Indian journal of veterinary science and animal husbandry - Volumes 24-25, 1954-1955
Year: 1954
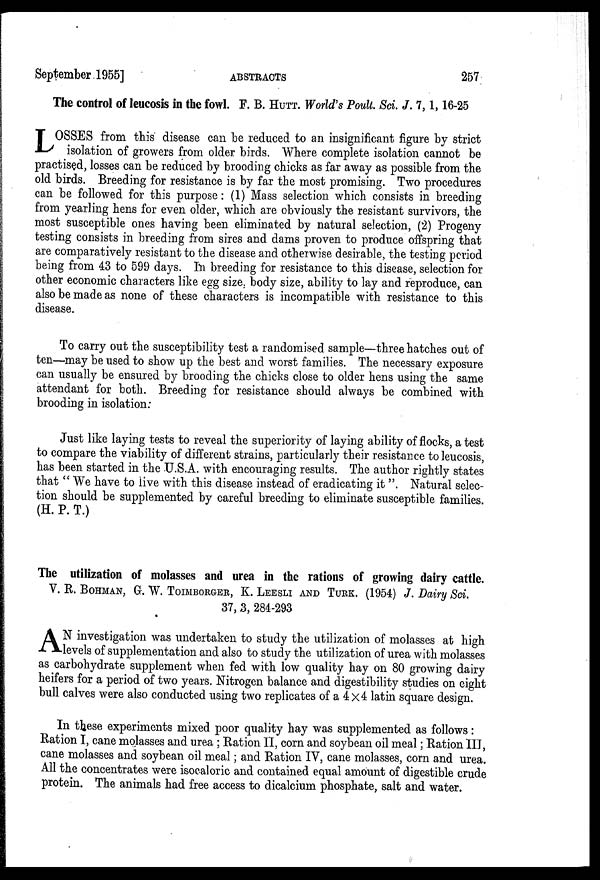
September 1955]
ABSTRACTS
257
The control of leucosis in the fowl. F. B. HUTT. World's Poult. Sci. J. 7, 1, 16-25
L OSSES from this disease can be reduced to an insignificant figure by strict
isolation of growers from older birds. Where complete isolation cannot be
practised, losses can be reduced by brooding chicks as far away as possible from the
old birds. Breeding for resistance is by far the most promising. Two procedures
can be followed for this purpose: (1) Mass selection which consists in breeding
from yearling hens for even older, which are obviously the resistant survivors, the
most susceptible ones having been eliminated by natural selection, (2) Progeny
testing consists in breeding from sires and dams proven to produce offspring that
are comparatively resistant to the disease and otherwise desirable, the testing period
being from 43 to 599 days. In breeding for resistance to this disease, selection for
other economic characters like egg size, body size, ability to lay and reproduce, can
also be made as none of these characters is incompatible with resistance to this
disease.
To carry out the susceptibility test a randomised sample—three hatches out of
ten—may be used to show up the best and worst families. The necessary exposure
can usually be ensured by brooding the chicks close to older hens using the same
attendant for both. Breeding for resistance should always be combined with
brooding in isolation:
Just like laying tests to reveal the superiority of laying ability of flocks, a test
to compare the viability of different strains, particularly their resistance to leucosis,
has been started in the U.S.A. with encouraging results. The author rightly states
that "We have to live with this disease instead of eradicating it ". Natural selec-
tion should be supplemented by careful breeding to eliminate susceptible families.
(H. P. T.)
The utilization of molasses and urea in the rations of growing dairy cattle.
V. R. BOHMAN, G. W. TOIMBORGER, K. LEESLI AND TURTK. (1954) J. Dairy Sci.
37, 3, 284-293
A N investigation was undertaken to study the utilization of molasses at high
levels of supplementation and also to study the utilization of urea with molasses
as carbohydrate supplement when fed with low quality hay on 80 growing dairy
heifers for a period of two years. Nitrogen balance and digestibility studies on eight
bull calves were also conducted using two replicates of a 4x4 latin square design.
In these experiments mixed poor quality hay was supplemented as follows:
Ration I, cane molasses and urea; Ration II, corn and soybean oil meal; Ration III,
cane molasses and soybean oil meal; and Ration IV, cane molasses, corn and urea.
All the concentrates were isocaloric and contained equal amount of digestible crude
protein. The animals had free access to dicalcium phosphate, salt and water.